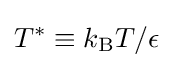
T^{*}\equiv k_{\text{B}}T/\epsilon